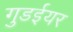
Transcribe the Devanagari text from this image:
गुडईयर